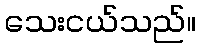
သေးငယ်သည်။